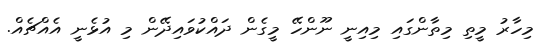
މިހާރު މީތި މިތާންގައި މިއިނީ ނޫންހޭ މީގެން ދައްކުވައިދޭން މި އުޅެނީ އެއްޗެއް.